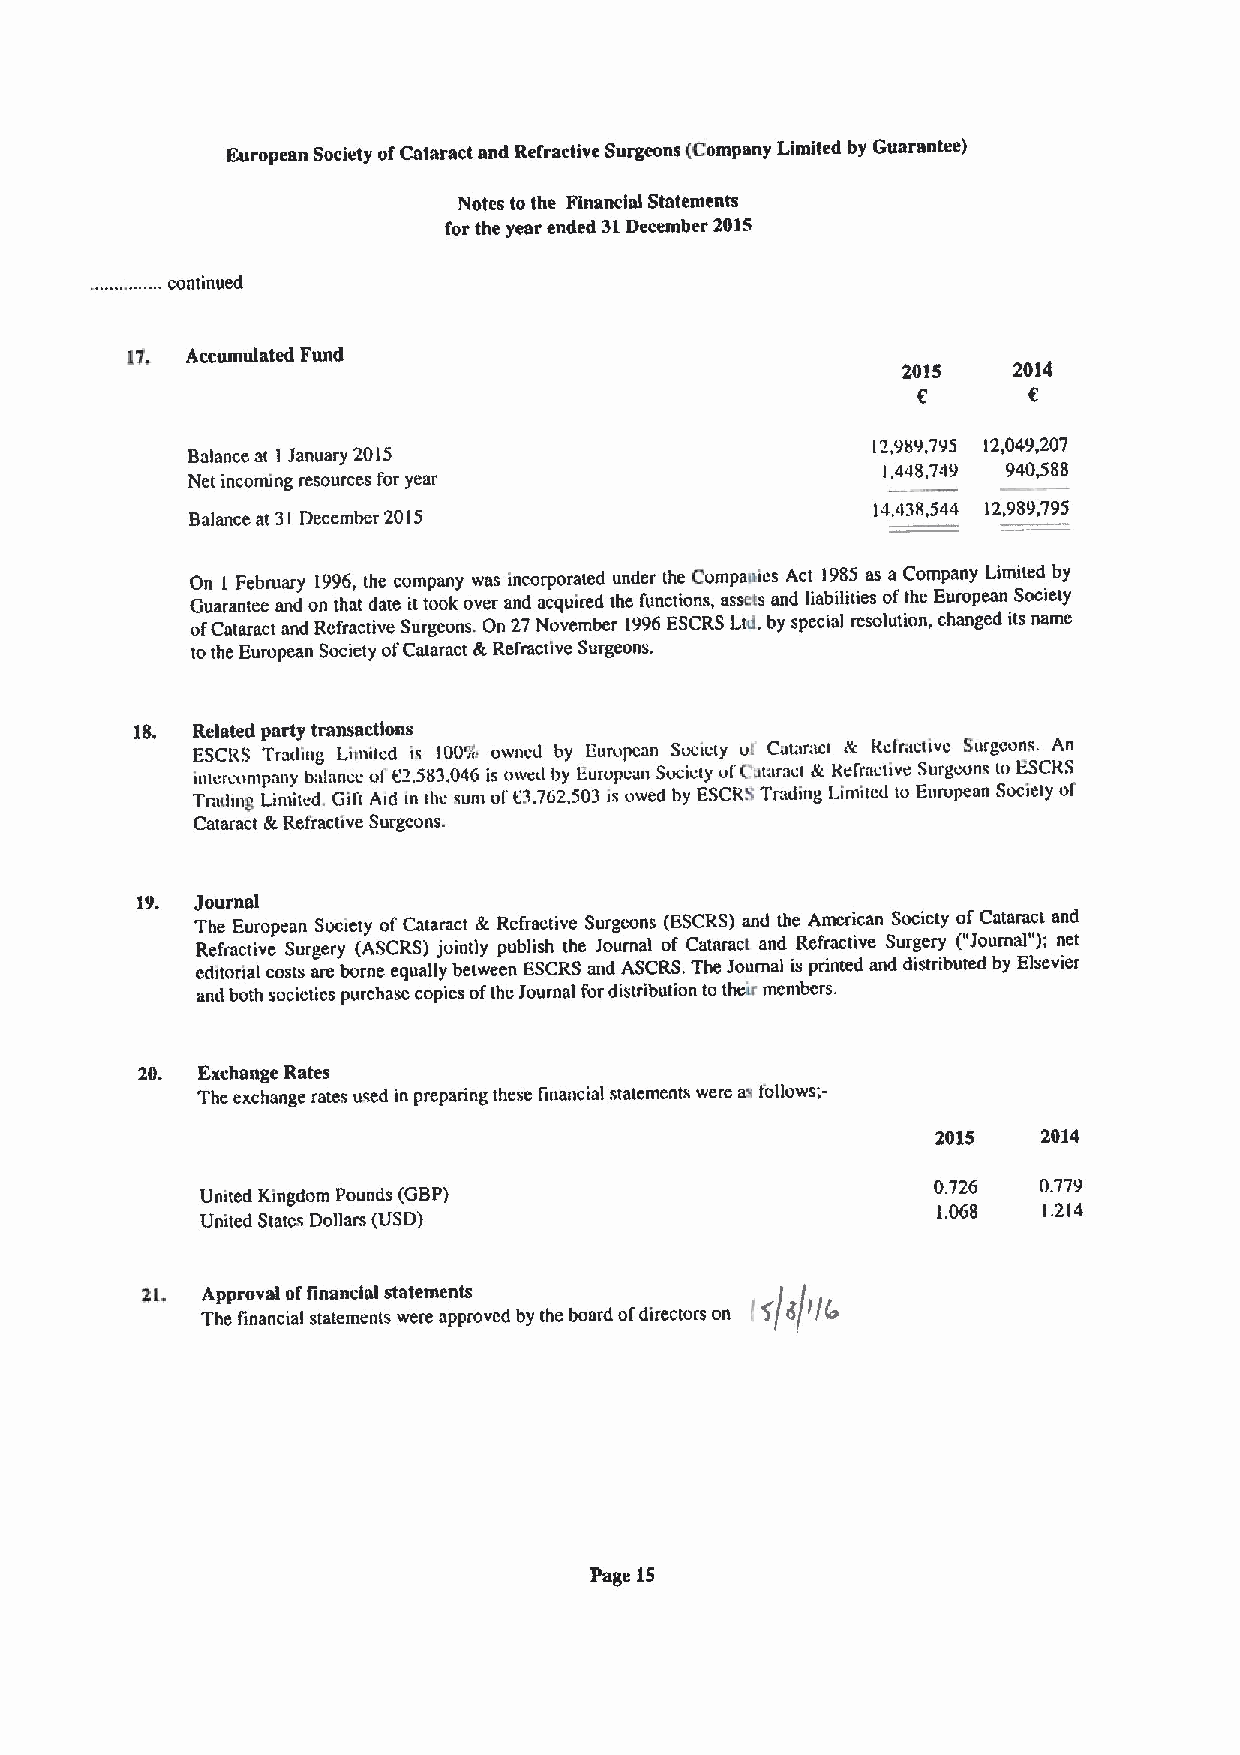
European Society ofCataract and Refractive Surgeons (Company Limited by Guarantee)
 Notes to the Financial Statements
 for the year ended 31December 2015
 continued
 17. Accumulated Fund
 2015   2014
 I'i 989795 l2 049207
 Balance at 1 January 2015
 l,448,749 940,588
 Net incoming resources for year
 Balance at 3I December 2015
 l4,438,544 12,989,795
 On 1 February 1996,the company was incorporated under the Compaaies Act 1985as a Company Limited by
 Guarantee and on that date ittook over and acquired the functions, assets and liabilities ofthe European Society
 ofCataract and Refractive Surgeons. On 27November 1996ESCRSLtd, by special resolution, changed its name
 tothe European Society ofCataract &Refractive Surgeons.
 18. Related party transactions
 ESCRS Trailing Limited is lOOwv owiied by Liurupcan Society vt Cut;iract & kcfractivc Surgeons. An
 inicrcunqinny balance of02,583.046 is oweil by European Society ut'Cataraci & kefraciive Surgeons to ESCkS
 Traihng Limited. Gill Aid in the sum oi' t)3,762.503 is owed by ESCR'.1Trading Limited to Eurupean Society of
 Cataract &Refractive Surgeons.
 19. Journal
 The European Society ofCataract &Refractive Surgeons (ESCRS)and the American Society ofCataract and
 Refractive Surgery (ASCRS) jointly publish the Journal of Cataract and Refractive Surgery ("Journal" ); net
 editorial costs are borne equally between ESCRSand ASCRS.The Journal is printed and distributed by Elsevier
 and both socictics purchase copies ofthc Journal fordistribution to thole members.
 20. Exchange Rates
 The exchange rates used in preparing these financial statements were as follows;-
 2015   2014
 0.726  0.779
 Umted Kingdom Pounds (GBP)
 1.068  1.214
 United States Dollars (USD)
 «PP
 21, Approval offinancial statements
 irlrlrc
 Th ~  i I           *dby h 1 d Gfch
 Page 15